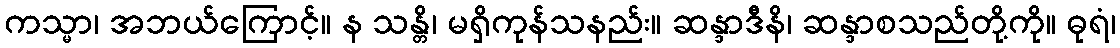
ကသ္မာ၊ အဘယ်ကြောင့်။ န သန္တိ၊ မရှိကုန်သနည်း။ ဆန္ဒာဒီနိ၊ ဆန္ဒာစသည်တို့ကို။ ဓုရံ၊